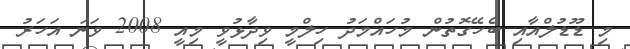
މި ޑޫޑުލްއާއި ބެހޭގޮތުން މުހައްމަދު ހިލްމީ ވިދާޅުވީ މިއީ 2008 ވަނަ އަހަރު